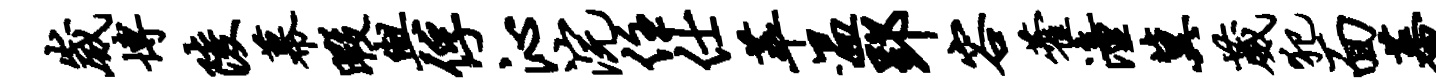
崴博陵幕暇与俘沁浣住仕萃温郢容藿潼冀葳犯面蕃